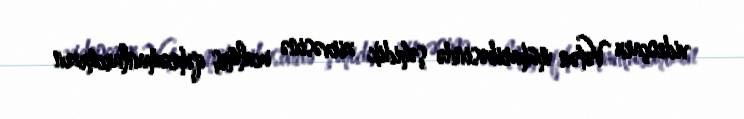
videoçarx Vətən müharibəsində şəhidik zirvəsinə ucalmış qəhrəmanlarımızın